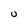
Character: o